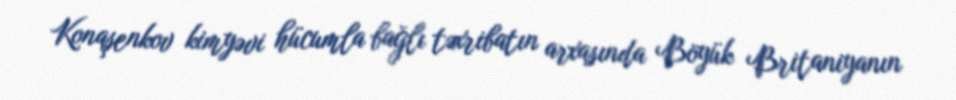
Konaşenkov kimyəvi hücumla bağlı təxribatın arxasında Böyük Britaniyanın